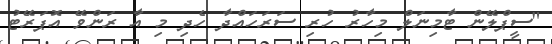
"ސީޕްލޭން ޓާމިނަލް މިހާރު ހުރި ސަރަހައްދާ ހެދި މި އާ ރަންވޭ އޮޕަރޭޓު